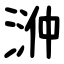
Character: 㴢